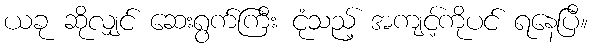
ယခု ဆိုလျှင် ဆေးရွက်ကြီး ငုံသည့် အကျင့်ကိုပင် ရနေပြီ။